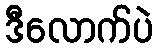
ဒီလောက်ပဲ